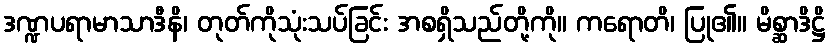
ဒဏ္ဍပရာမာသာဒီနိ၊ တုတ်ကိုသုံးသပ်ခြင်း အစရှိသည်တို့ကို။ ကရောတိ၊ ပြု၏။ မိစ္ဆာဒိဋ္ဌိ